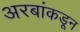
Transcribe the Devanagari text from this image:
अरबांकडून